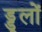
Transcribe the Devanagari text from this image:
ड्डूलों